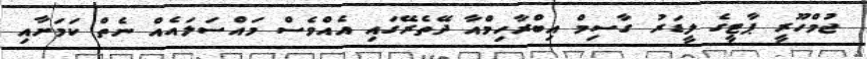
ޖުމްހޫރީ ޕާޓީގެ ލީޑަރު ގާސިމް އިބްރާހިމްއާ ދޭތެރޭގައި އެއްވެސް މައްސަލައެއް ނެތް ކަމަށާއި